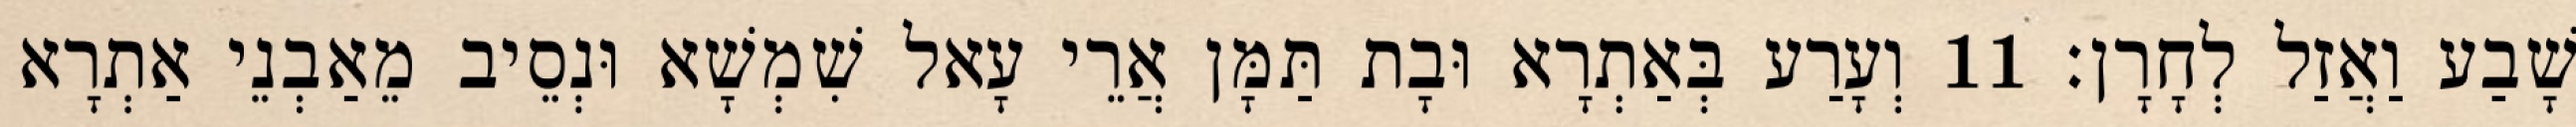
שָׁבַע וַאֲזַל לְחָרָן׃ 11 וְעָרַע בְּאַתְרָא וּבָת תַּמָּן אֲרֵי עָאל שִׁמְשָׁא וּנְסֵיב מֵאַבְנֵי אַתְרָא